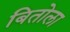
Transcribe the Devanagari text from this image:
बितोला